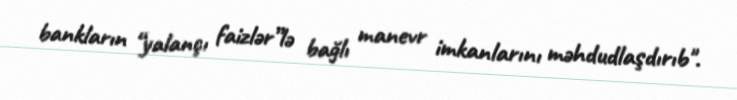
bankların “yalançı faizlər”lə bağlı manevr imkanlarını məhdudlaşdırıb".